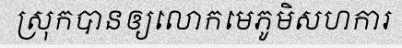
ស្រុកបានឲ្យលោកមេភូមិសហការ